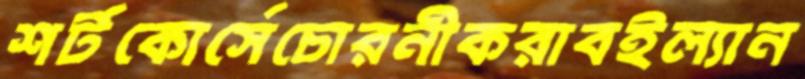
শর্টকোর্সেচোরনীকরাবইল্যান